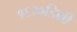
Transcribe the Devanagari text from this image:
१६२०डिग्री